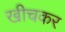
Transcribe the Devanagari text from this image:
खीचकर